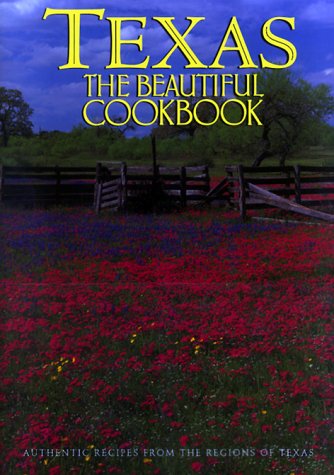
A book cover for Texas the Beautiful Cookbook; Patsy Swendson; Cookbooks, Food & Wine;